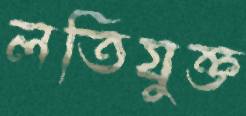
লতিযুক্ত